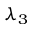
\lambda _ { 3 }